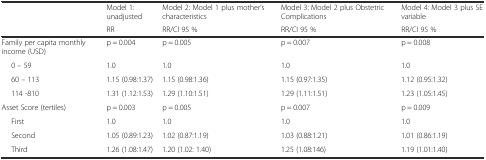
|  | Model 1: unadjusted | Model 2: Model 1 plus mother’s characteristics | Model 3: Model 2 plus Obstetric Complications | Model 4: Model 3 plus SE variable |
 |  | RR | RR/CI 95 % | RR/CI 95 % | RR/CI 95 % |
 | --- | --- | --- | --- | --- |
 | Family per capita monthly income (USD) | p = 0.004 | p = 0.005 | p = 0.007 | p = 0.008 |
 | 0 – 59 | 1.0 | 1.0 | 1.0 | 1.0 |
 | 60 – 113 | 1.15 (0.98:1.37) | 1.15 (0.98:1.36) | 1.15 (0.97:1.35) | 1.12 (0.95:1.32) |
 | 114 -810 | 1.31 (1.12:1.53) | 1.29 (1.10:1.51) | 1.29 (1.11:1.51) | 1.23 (1.05:1.45) |
 | Asset Score (tertiles) | p = 0.003 | p = 0.005 | p = 0.007 | p = 0.009 |
 | First | 1.0 | 1.0 | 1.0 | 1.0 |
 | Second | 1.05 (0.89:1.23) | 1.02 (0.87:1.19) | 1.03 (0.88:1.21) | 1.01 (0.86:1.19) |
 | Third | 1.26 (1.08:1.47) | 1.20 (1.02: 1.40) | 1.25 (1.08:146) | 1.19 (1.01:1.40) |